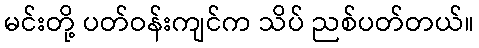
မင်းတို့ ပတ်ဝန်းကျင်က သိပ် ညစ်ပတ်တယ်။